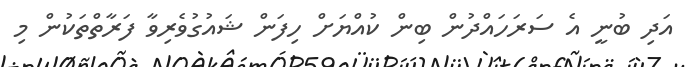
އަދި ބުނީ އެ ސަރަހައްދުން ބިން ކުއްޔަށް ހިފަން ޝައުގުވެރިވާ ފަރާތްތަކުން މި